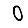
Digit: 0